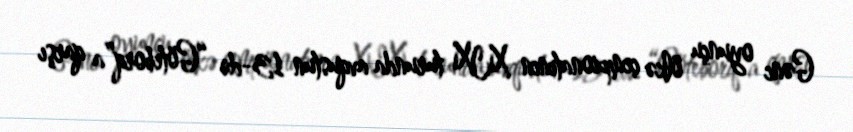
Gənc oyunçu ölkə çempionatının XIX turunda avqustun 13-də “Göteborq”a qarşı